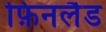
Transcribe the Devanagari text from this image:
फ़िनलैड